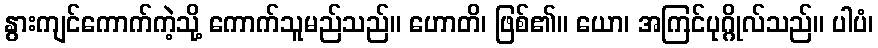
နွားကျင်ကောက်ကဲ့သို့ ကောက်သူမည်သည်။ ဟောတိ၊ ဖြစ်၏။ ယော၊ အကြင်ပုဂ္ဂိုလ်သည်။ ပါပံ၊